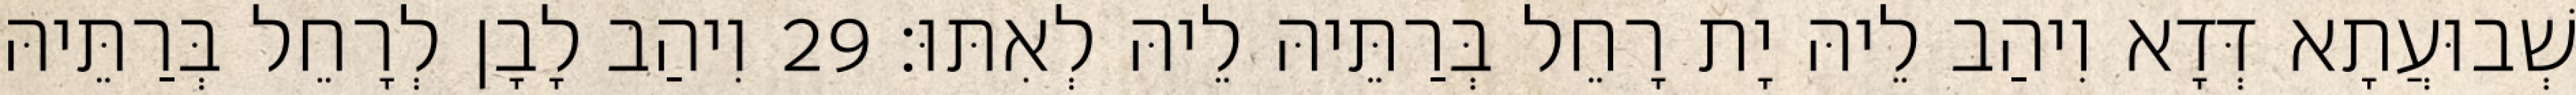
שְׁבוּעֲתָא דְּדָא וִיהַב לֵיהּ יָת רָחֵל בְּרַתֵּיהּ לֵיהּ לְאִתּוּ׃ 29 וִיהַב לָבָן לְרָחֵל בְּרַתֵּיהּ